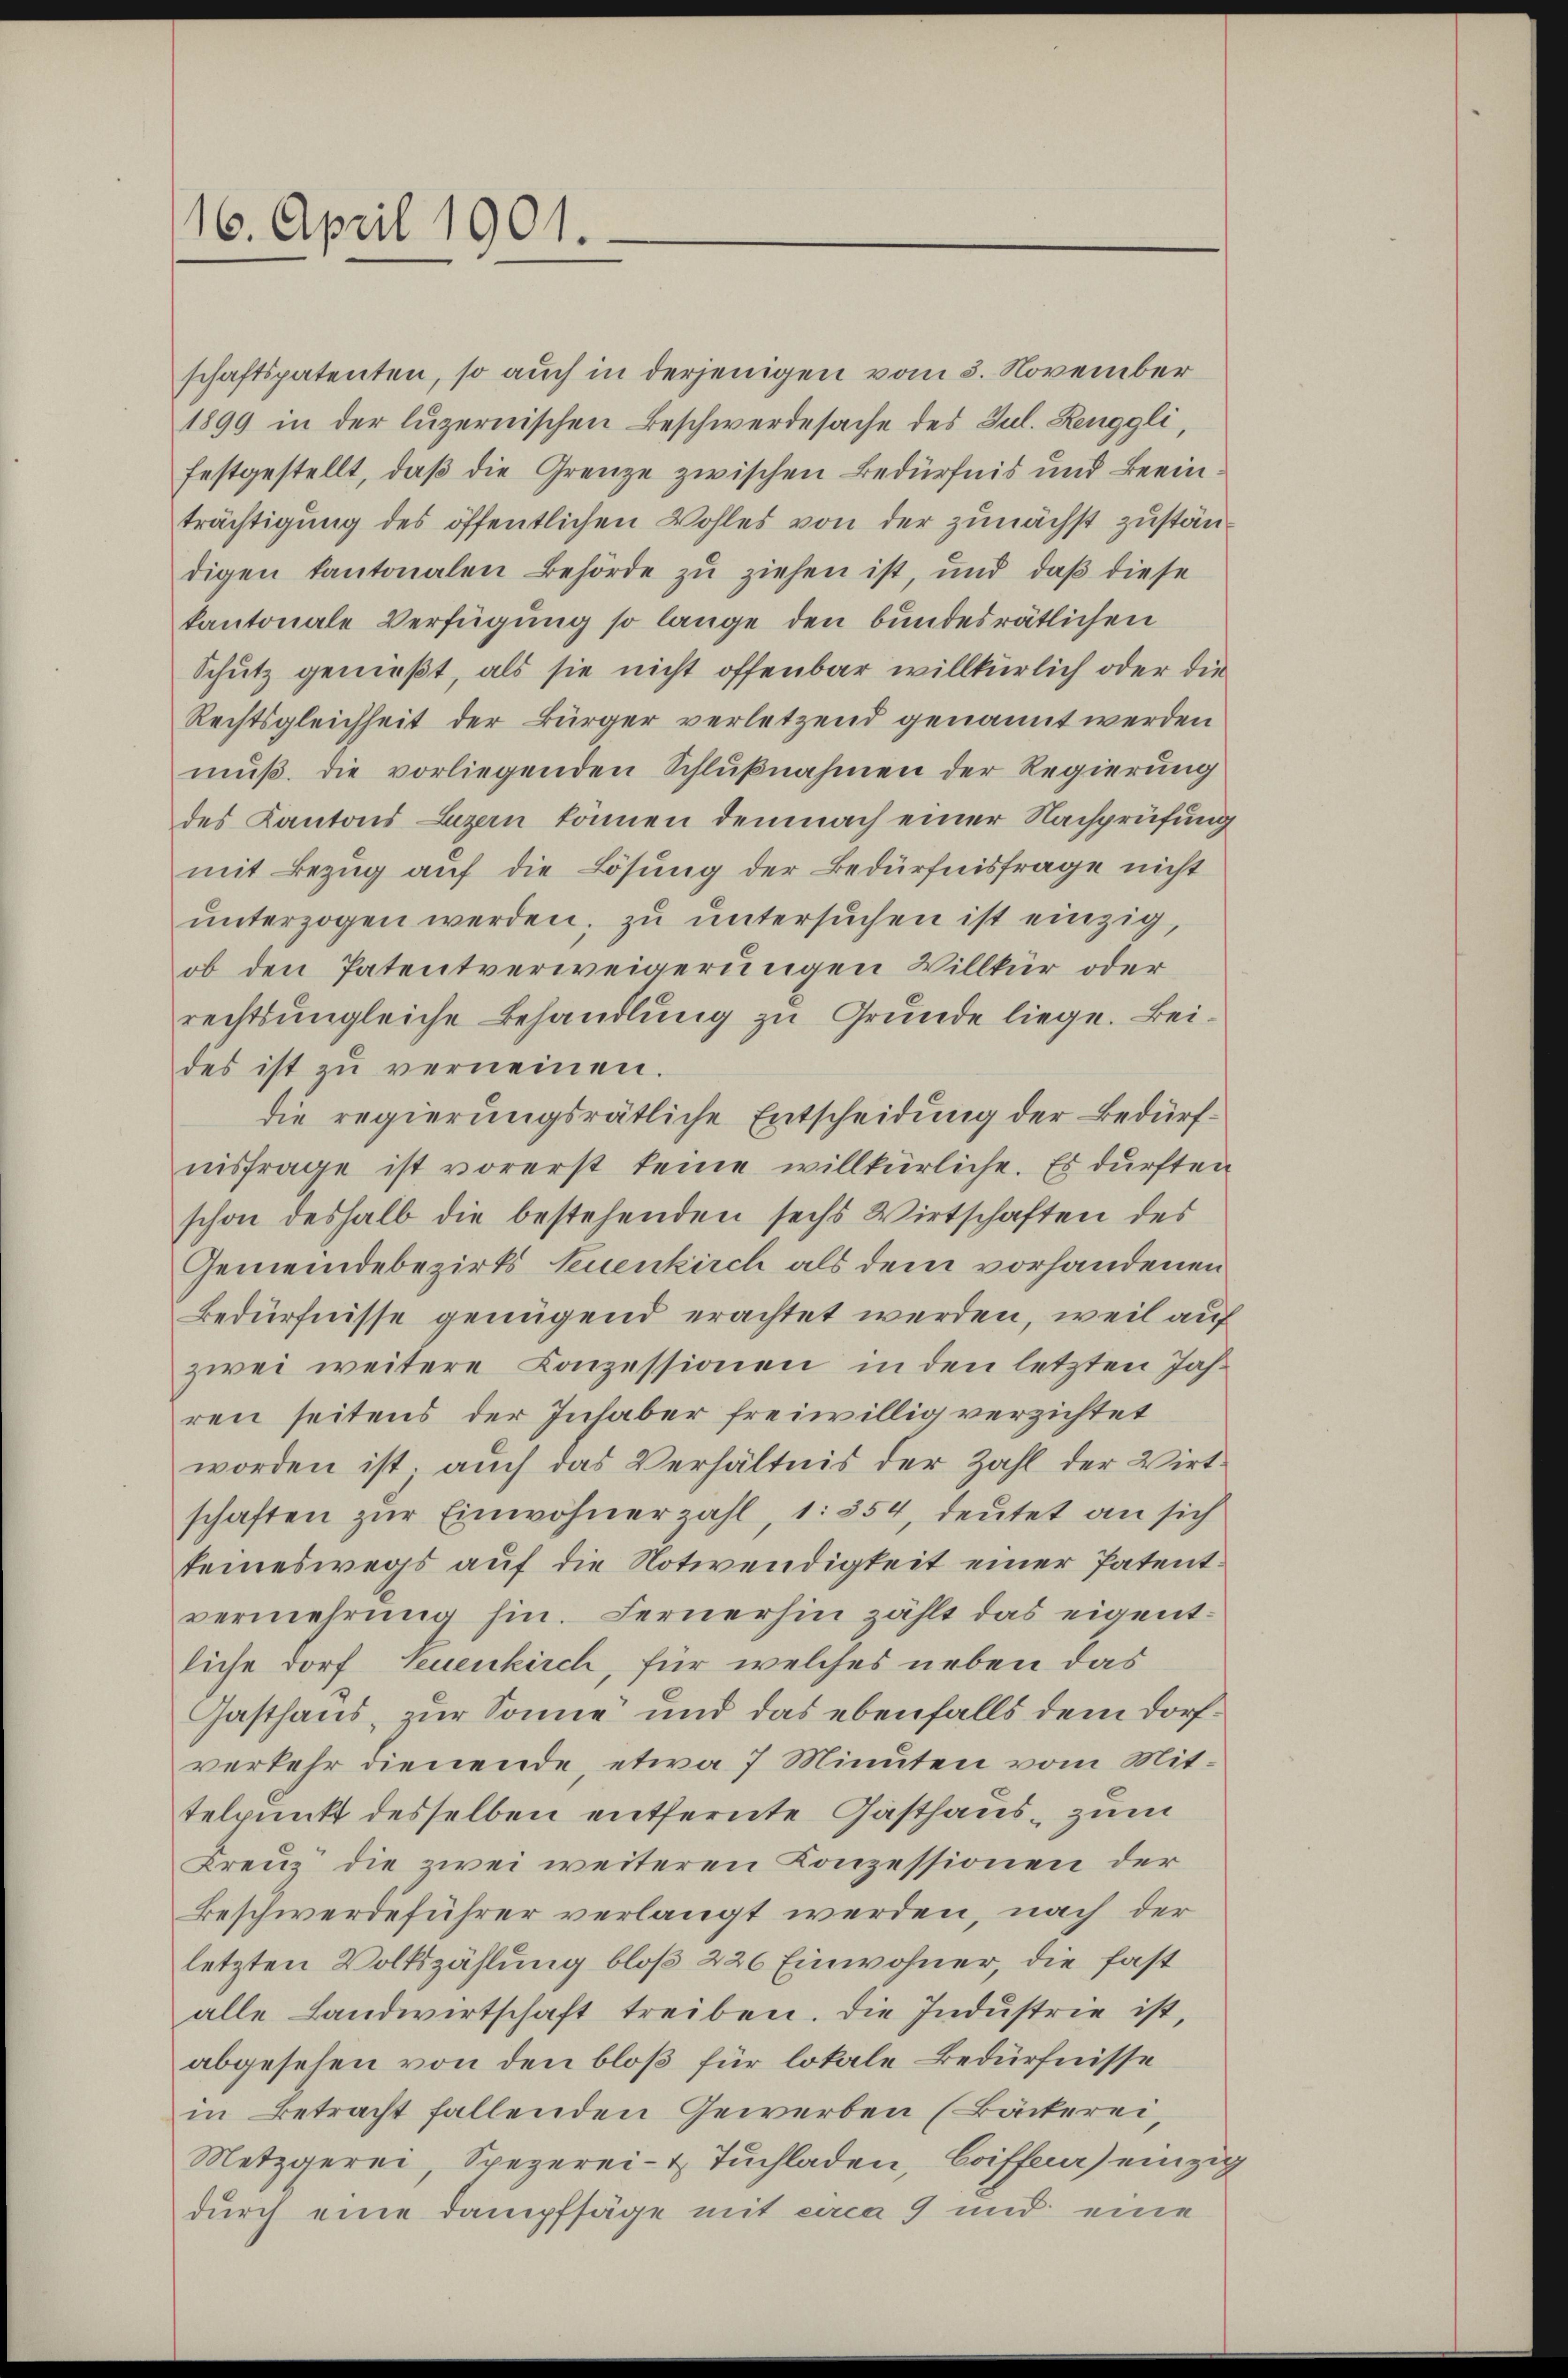
16. April 1901.

schaftspatenten, so auch in derjenigen vom 3. November
1899 in der luzernischen Beschwerdesache des Jul. Renggli,
festgestellt, daß die Grenze zwischen Bedürfnis und Beein
trächtigung des öffentlichen Wohles von der zunächst zuständigen kantonalen Behörde zu ziehen ist, und daß diese
kantonale Verfügung so lange den bundesrätlichen
Schutz genießt, als sie nicht offenbar willkürlich oder die
Rechtsgleichheit der Bürger verletzend genannt werden
muß. Die vorliegenden Schlußnahmen der Regierung
des Kantons Luzern können demnach einer Nachprüfung
mit Bezug auf die Lösung der Bedürfnisfrage nicht
ŭnterzogen werden, zŭ ŭntersŭchen ist einzig,
ob den Patentverweigerungen Willkür oder
rechts ungleiche Behandlung zu Grunde liege. Beides ist zŭ verneinen.
die regierungsrätliche Entscheidung der Bedürfnisfrage ist vorerst keine willkürliche. Es dürften
schon deshalb die bestehenden sechs Wirtschaften des
Gemeindebezirks Neuenkirch als dem vorhandenen
Bedürfnisse genügend erachtet werden, weil auf
zwei weitere Conzessionen in den letzten Jahren seitens der Inhaber freiwillig verzichtet
worden ist, auch das Verhältnis der Zahl der Wirtschaften zur Einwohnerzahl, 1: 354, deutet an sich
teineswegs auf die Notwendigkeit einer Patentvermehrung hin. Fernerhin zählt das eigentliche Dorf Neuenkirch, für welches neben das
Gasthaus, zur Sonne und das ebenfalls dem Dorfverkehr dienende, etwa 7 Minuten vom Mittelpunkt desselben entfernte Gasthaus zum
Kreuz die zwei weiteren Konzessionen der
Beschwerdeführer verlangt werden, nach der
letzten Volkszählung bloß 226 Einwohner, die fast
alle Landwirtschaft treiben. Die Industrie ist,
abgesehen von den bloß für lokale Bedürfnisse
in Betracht fallenden Gewerben (Bäckerei,
Metzgerei, Spezerei- & Tuchladen, Coiffna) einzig
durch eine Dampfsäge mit circa 9 und eine